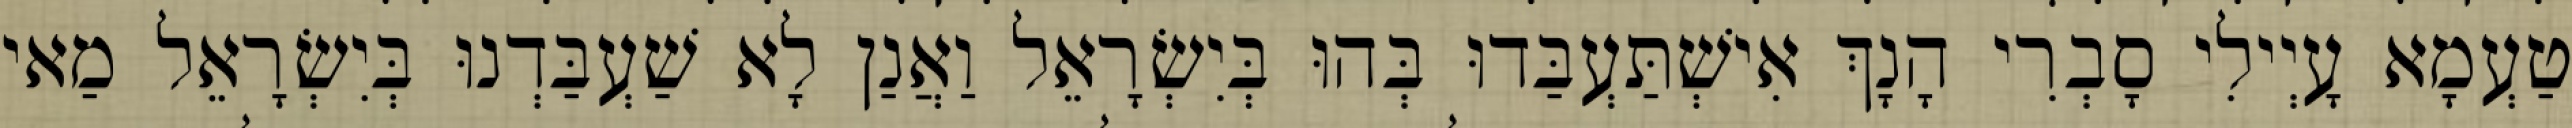
טַעְמָא עָיְילִי סָבְרִי הָנָךְ אִישְׁתַּעְבַּדוּ בְּהוּ בְּיִשְׂרָאֵל וַאֲנַן לָא שַׁעְבַּדְנוּ בְּיִשְׂרָאֵל מַאי